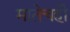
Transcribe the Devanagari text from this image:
मातेचही